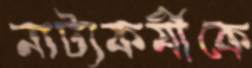
নাট্যকর্মীকে